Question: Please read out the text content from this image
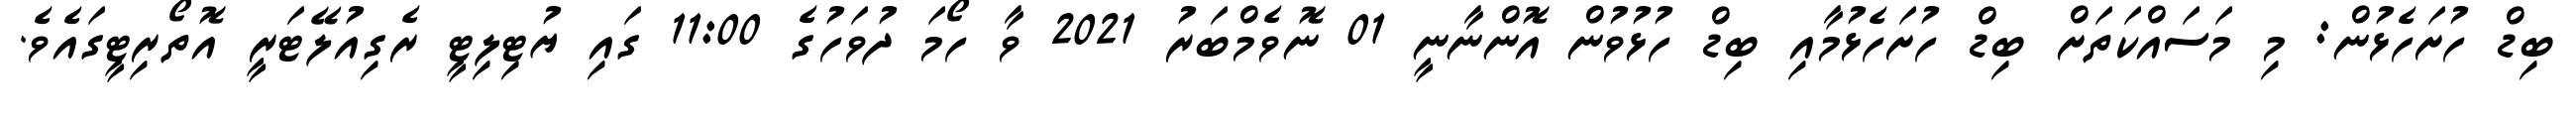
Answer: ބިޑް ހުށަހެޅުން: މި މަސައްކަތަށް ބިޑް ހުށަހެޅުމާއި ބިޑް ހުޅުވުން އޮންނާނީ 01 ނޮވެމްބަރު 2021 ވާ ހޯމަ ދުވަހުގެ 11:00 ގައި ޔުޓިލިޓީ ރެގިއުލޭޓަރީ އޮތޯރިޓީގައެވެ.